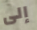
إلى